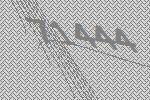
71444